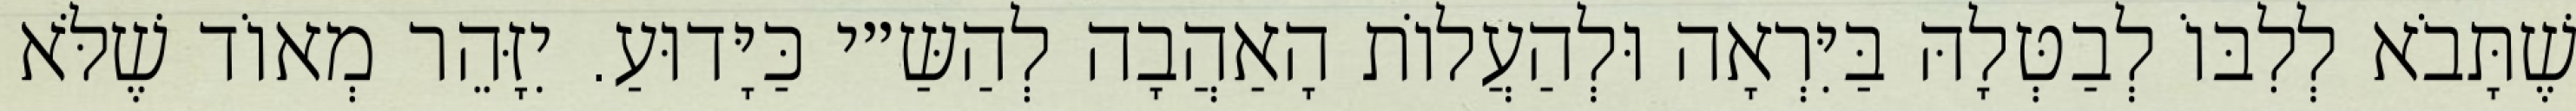
שֶׁתָּבֹא לְלִבּוֹ לְבַטְּלָהּ בַּיִּרְאָה וּלְהַעֲלוֹת הָאַהֲבָה לְהַשַּ״י כַּיָּדוּעַ. יִזָּהֵר מְאוֹד שֶׁלֹּא